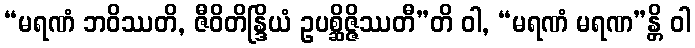
“မရဏံ ဘဝိဿတိ, ဇီဝိတိန္ဒြိယံ ဥပစ္ဆိဇ္ဇိဿတီ”တိ ဝါ, “မရဏံ မရဏ”န္တိ ဝါ